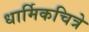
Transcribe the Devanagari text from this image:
धार्मिकचित्रे